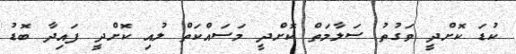
ކުޑަ ކޮށްދީ ވަގުތު ސަލާމަތް ކޮށްދީ މަސައްކަތް ލުއި ކޮށްދީ ފައިދާ ބޮޑު